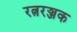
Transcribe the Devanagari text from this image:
रत्नरञ्जक